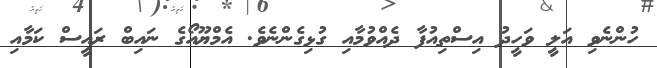
ހުންނެވި އަލީ ވަހީދު އިސްތިއުފާ ދެއްވުމާއި ގުޅިގެންނެވެ. އެމްޔޫއޯގެ ނައިބް ރައީސް ކަމާއި